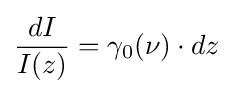
{dI \over I(z)}=\gamma _{0}(\nu )\cdot dz